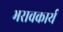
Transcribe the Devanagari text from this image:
भरावकार्य